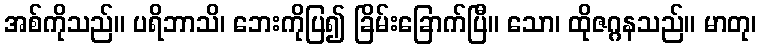
အစ်ကိုသည်။ ပရိဘာသိ၊ ဘေးကိုပြ၍ ခြိမ်းခြောက်ပြီ။ သော၊ ထိုဇဂ္ဂနသည်။ မာတု၊